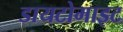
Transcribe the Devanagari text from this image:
डायटोमाइट